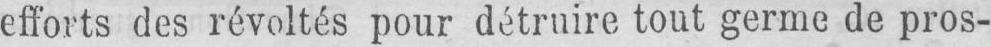
efforts des révoltés pour détruire tout germe de pros-